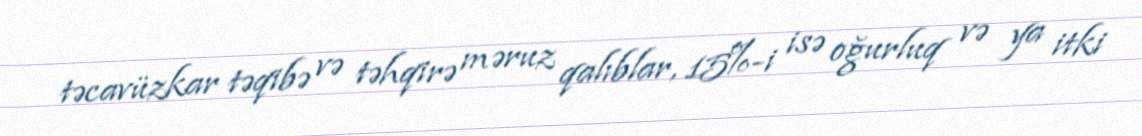
təcavüzkar təqibə və təhqirə məruz qalıblar, 15%-i isə oğurluq və ya itki